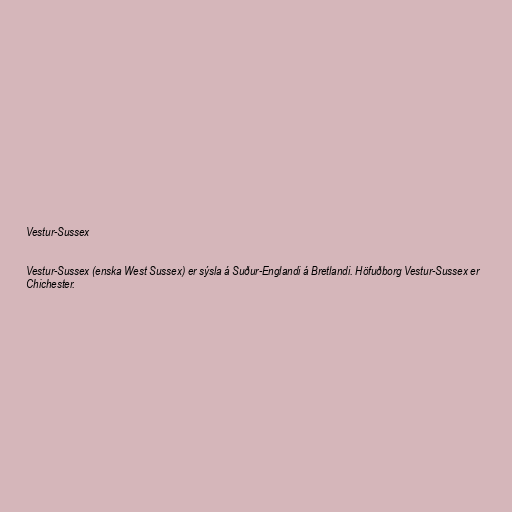
Vestur-Sussex

Vestur-Sussex (enska West Sussex) er sýsla á Suður-Englandi á Bretlandi. Höfuðborg Vestur-Sussex er
Chichester.